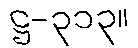
ဋ္ဌ-၃၁၃။